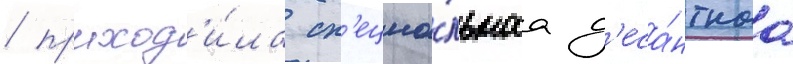
/ проход'и́ла сп'ециа́льнаа д'еса́нтнаа